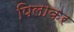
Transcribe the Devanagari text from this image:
पिलाकर